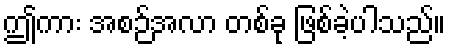
ဤကား အစဉ်အလာ တစ်ခု ဖြစ်ခဲ့ပါသည်။